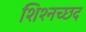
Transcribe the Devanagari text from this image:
शिश्नच्छद